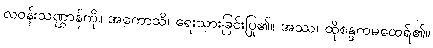
လဝန်းသဏ္ဌာန်ကို။ အကောသိ၊ ရေးသားခြင်းပြု၏။ အဿ၊ ထိုစန္ဒကမထေရ်၏။